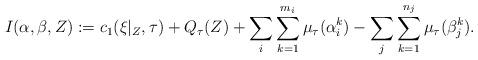
LaTeX: \begin{align*} I(\alpha,\beta,Z):=c_{1}(\xi|_{Z},\tau)+Q_{\tau}(Z)+\sum_{i}\sum_{k=1}^{m_{i}}\mu_{\tau}(\alpha_{i}^{k})-\sum_{j}\sum_{k=1}^{n_{j}}\mu_{\tau}(\beta_{j}^{k}).\end{align*}